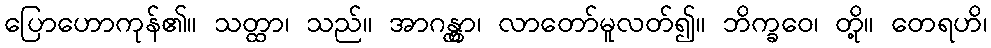
ပြောဟောကုန်၏။ သတ္ထာ၊ သည်။ အာဂန္တွာ၊ လာတော်မူလတ်၍။ ဘိက္ခဝေ၊ တို့။ တေရဟိ၊